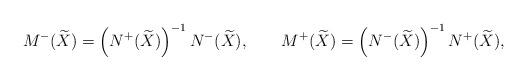
LaTeX: \begin{align*}M^-(\widetilde{X})= \left( N^+(\widetilde{X}) \right)^{-1}N^-(\widetilde{X}), ~~~~~~ M^+(\widetilde{X})= \left( N^-(\widetilde{X}) \right)^{-1}N^+(\widetilde{X}),\end{align*}